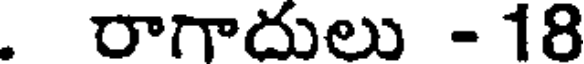
. రాగాదులు - 18